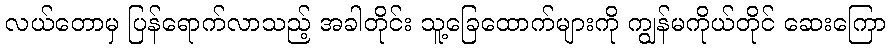
လယ်တောမှ ပြန်ရောက်လာသည့် အခါတိုင်း သူ့ခြေထောက်များကို ကျွန်မကိုယ်တိုင် ဆေးကြော